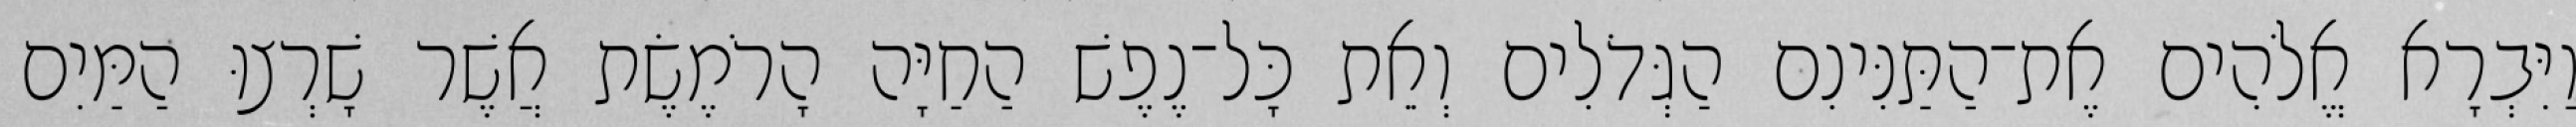
וַיִּבְרָא אֱלֹהִים אֶת־הַתַּנִּינִם הַגְּדֹלִים וְאֵת כָּל־נֶפֶשׁ הַחַיָּה הָרֹמֶשֶׂת אֲשֶׁר שָׁרְצוּ הַמַּיִם